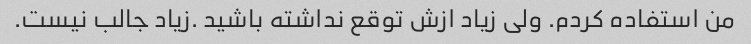
من استفاده کردم. ولی زیاد ازش توقع نداشته باشید .زیاد جالب نیست.